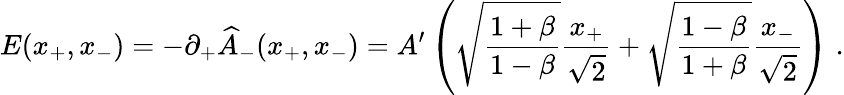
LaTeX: E(x_{+},x_{-})=-\partial_{+}\widehat{A}_{-}(x_{+},x_{-})=A^{\prime}\left(\sqrt{\frac{1+\beta}{1-\beta}}{\frac{x_{+}}{\sqrt{2}}}+\sqrt{\frac{1-\beta}{1+\beta}}{\frac{x_{-}}{\sqrt{2}}}\right)\; .